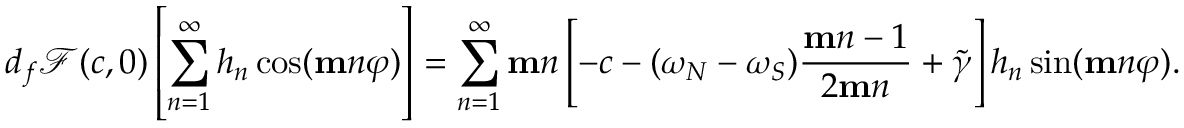
d _ { f } \mathscr { F } ( c , 0 ) \left[ \sum _ { n = 1 } ^ { \infty } h _ { n } \cos ( \mathbf { m } n \varphi ) \right] = \sum _ { n = 1 } ^ { \infty } \mathbf { m } n \left[ - c - ( \omega _ { N } - \omega _ { S } ) \frac { \mathbf { m } n - 1 } { 2 \mathbf { m } n } + \widetilde { \gamma } \right] h _ { n } \sin ( \mathbf { m } n \varphi ) .